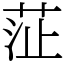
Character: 鿊